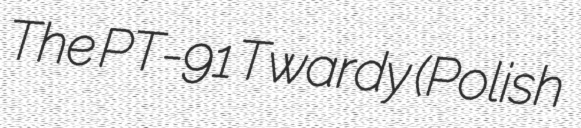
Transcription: The PT-91 Twardy (Polish